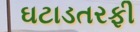
ઘટાડતરફી